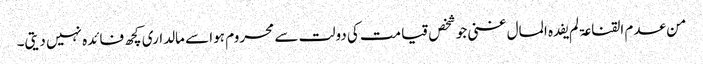
من عدم القناعۃ لم یفدہ المال غنی جو شخص قیامت کی دولت سے محروم ہوا سے مالداری کچھ فائدہ نہیں دیتی۔